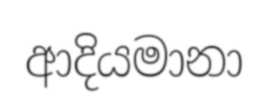
ආදියමානා